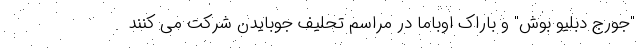
"جورج دبلیو بوش" و باراک اوباما در مراسم تحلیف جوبایدن شرکت می کنند